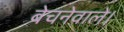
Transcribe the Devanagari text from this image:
बेचनेवाले।